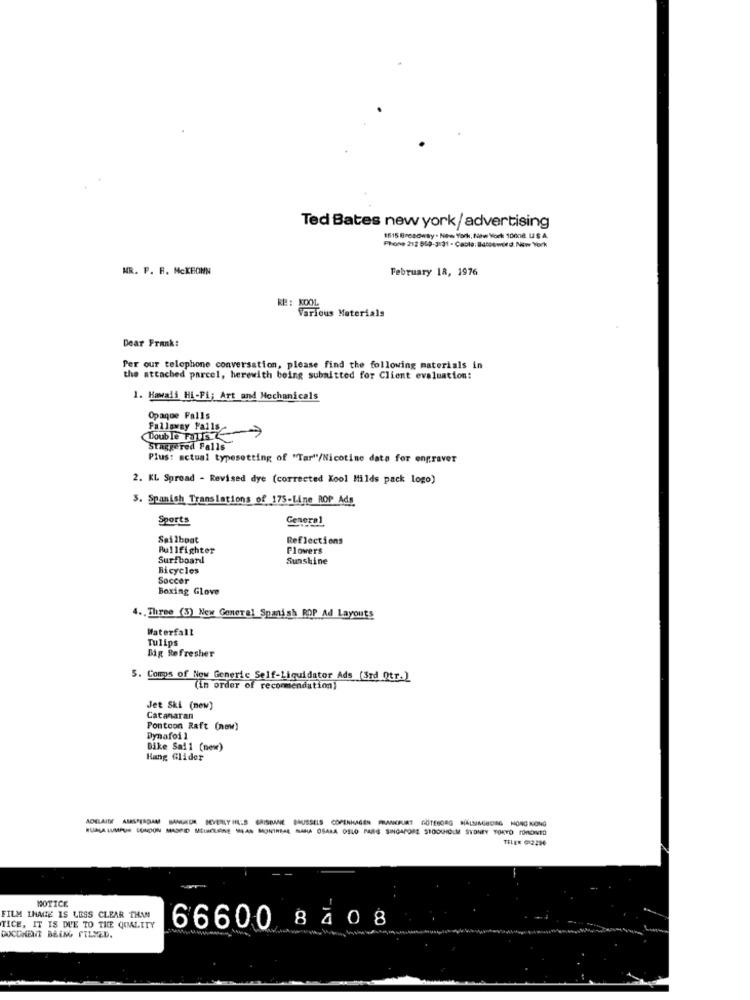
Ted Bates new york/ advertising
1615 Broadway . New York, New York 10008. USA
Phone 212 858-3131 - Cable: Ballsword. New York
MR. P. R. McKBONN
February 18, 1976
RE: KOOL
various Materials
Dear Frank:
Per our telephone conversation, please find the following materials in
the attached parcel, herewith being submitted for Client evaluation:
1. Hawaii Hi-Fi; Art and Mechanicals
Opaque Falls
Double Raus
Fallaway Falls-
Staggered Falls
Plus: actual typesetting of "Tar"/Nicotine data for engraver
2. KL Spread - Revised dye (corrected Kool Milds pack logo)
3. Spanish Translations of 175-Line ROP Ads
Sports
General
Sailboat
Reflections
Bullfighter
Flowers
Surfboard
Sunshine
Bicycles
Soccer
Boxing Glove
4. Three (3) New Generel Spanish ROP Ad Layouts
Waterfall
Tulips
Big Refresher
5. Comps of New Generic Self-Liquidator Ads (3rd Qtr.)
(in order of recommendation)
Jet Ski (new)
Catamaran
Pontoon Raft (new)
Dynafoi 1
Bike Sai 1 (new)
Hang Glider
RUA LUMPUR LONDON MASPD SELLELERE SLA MONIRSA SAHA OSAMA OSLO PARS SINGAPORE STODOHIOLM SYDNEY TOKYO FOMENTO
TELE# 012296
NOTICE
FILM INAGE IS LESS CLEAR THAN
TICE, IT IS DUE TO THE QUALITY
66600 8408
DOCUMENT BEING FILLED.